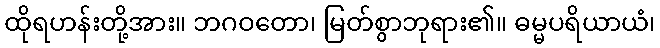
ထိုရဟန်းတို့အား။ ဘဂဝတော၊ မြတ်စွာဘုရား၏။ ဓမ္မပရိယာယံ၊